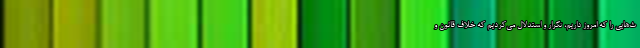
ث‌هایی را که امروز داریم، تکرار و استدلال می‌کردیم که خلاف قانون و